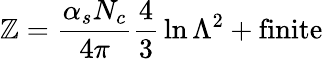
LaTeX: \mathbb{Z}={\frac{{\alpha_{s}N_{c}}}{{4\pi}}}{\frac{{4}}{{3}}}\ln\Lambda^{2}+\mathrm{{finite}}